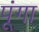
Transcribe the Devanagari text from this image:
पूंगा